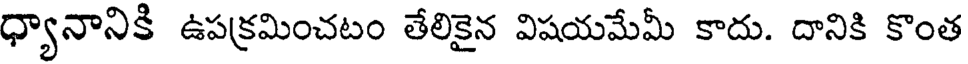
ధ్యానానికి ఉపక్రమించటం తేలికైన విషయమేమీ కాదు. దానికి కొంత